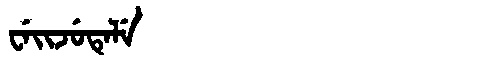
Manchu: ᠸᡝᡳᠵᡠᡨᡝᠯᡝ
Romanization: WEIJUTELE